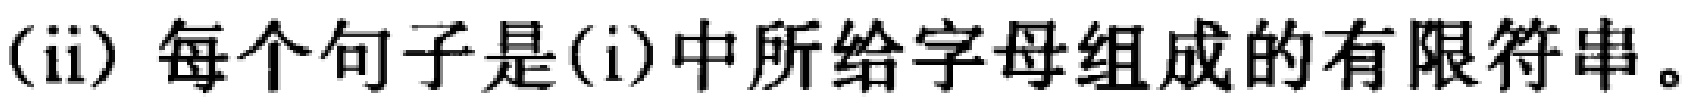
(ii) 每个句子是(i)中所给字母组成的有限符串。